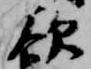
欲